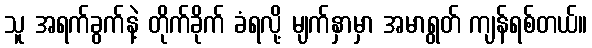
သူ အရက်ခွက်နဲ့ တိုက်ခိုက် ခံရလို့ မျက်နှာမှာ အမာရွတ် ကျန်ရစ်တယ်။